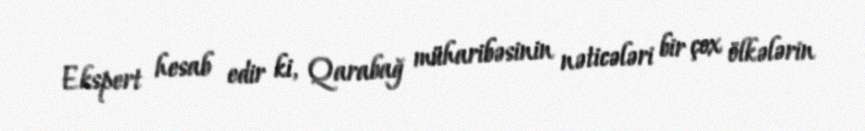
Ekspert hesab edir ki, Qarabağ müharibəsinin nəticələri bir çox ölkələrin